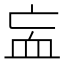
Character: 衁